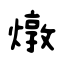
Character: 燉